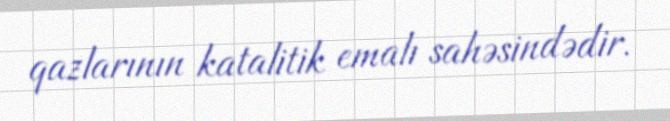
qazlarının katalitik emalı sahəsindədir.